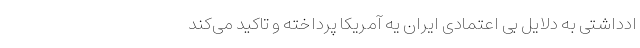
ادداشتی به دلایل بی اعتمادی ایران یه آمریکا پرداخته و تاکید می‌کند